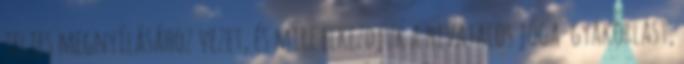
teljes megnyílásához vezet, és mire elkezdjük a hivatalos jóga-gyakorlást,